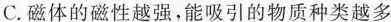
C.磁体的磁性越强，能吸引的物质种类越多